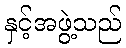
နှင့်အဖွဲ့သည်